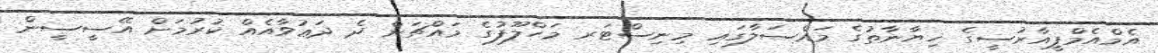
އެމްއެމްޕީއާރުސީގެ ޚިޔާނާތުގެ މައްސަލާގައި މިިނިސްޓަރ މަޙްލޫފުގެ މައްޗަށް ދެ ދަޢުވާއެއް ކުރުމަށް އޭސީސީން